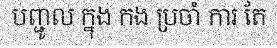
បញ្ជូល ក្នុង កង ប្រចាំ ការ តែ